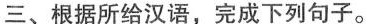
三、根据所给汉语,完成下列句子。